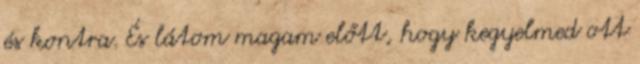
és kontra. És látom magam előtt, hogy kegyelmed ott